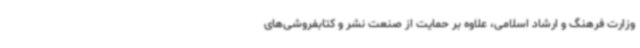
وزارت فرهنگ و ارشاد اسلامی، علاوه بر حمایت از صنعت نشر و کتابفروشی‌های